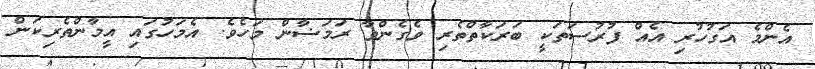
އެންމެ އަގުހުރި އެއް ފުރުސަތަކީ ބަރަކާތްތެރި ވެގެންވާ ރަމަޟާން މަހެވެ. އެމަހުގައި އީމާންތެރިކަން